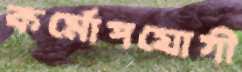
কর্মোপযোগী